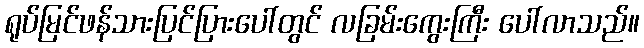
ရုပ်မြင်ဖန်သားပြင်ပြားပေါ်တွင် လခြမ်းကွေးကြီး ပေါ်လာသည်။